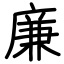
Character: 廉